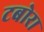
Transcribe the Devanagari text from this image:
टबोरा